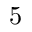
5